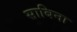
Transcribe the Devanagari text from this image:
साबिना